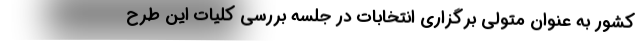
کشور به عنوان متولی برگزاری انتخابات در جلسه بررسی کلیات این طرح